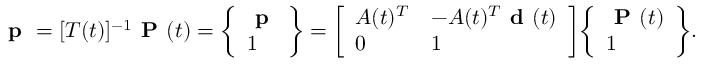
{ \textbf { p } } = [ T ( t ) ] ^ { - 1 } { \textbf { P } } ( t ) = { \left\{ \begin{array} { l } { { \textbf { p } } } \\ { 1 } \end{array} \right\} } = { \left[ \begin{array} { l l } { A ( t ) ^ { T } } & { - A ( t ) ^ { T } { \textbf { d } } ( t ) } \\ { 0 } & { 1 } \end{array} \right] } { \left\{ \begin{array} { l } { { \textbf { P } } ( t ) } \\ { 1 } \end{array} \right\} } .